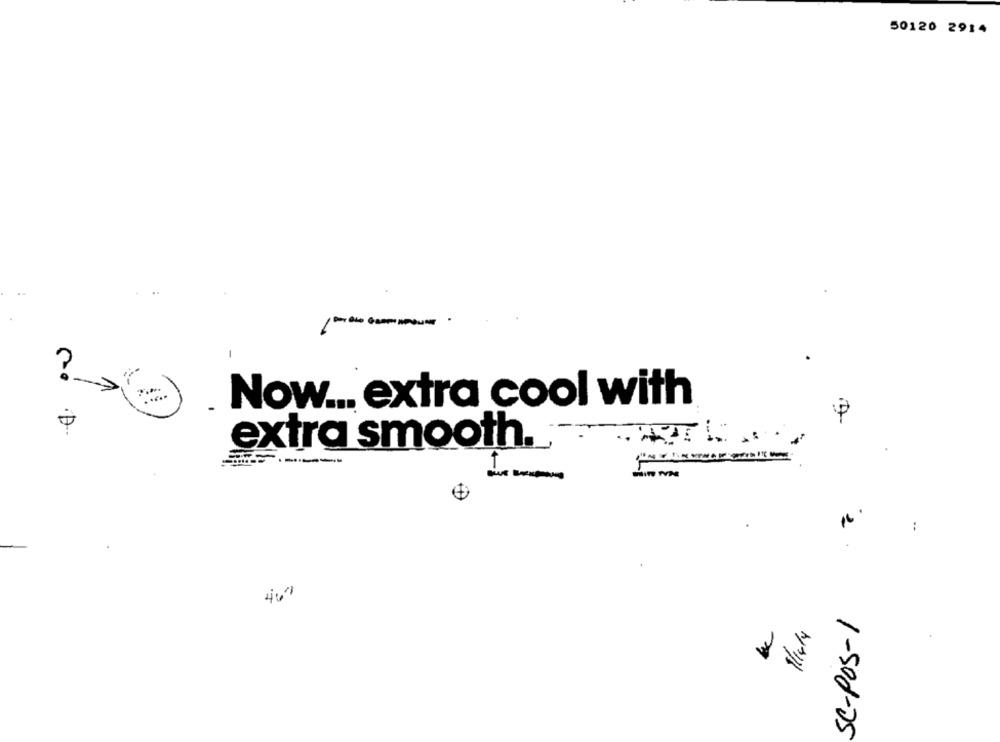
50120 2914
/ -----
?
Now ... extra cool with
extra smooth ..
16.
:
469
SC-POS-1
1/14/4